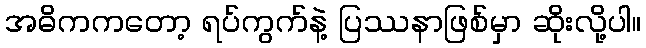
အဓိကကတော့ ရပ်ကွက်နဲ့ ပြဿနာဖြစ်မှာ ဆိုးလို့ပါ။